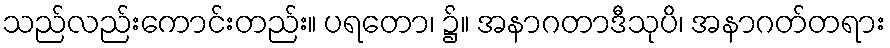
သည်လည်းကောင်းတည်း။ ပရတော၊ ၌။ အနာဂတာဒီသုပိ၊ အနာဂတ်တရား